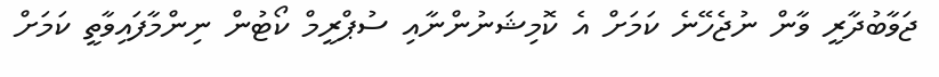
ޖަވާބުދާރީ ވާން ނުޖެހޭނެ ކަމަށް އެ ކޮމިޝަނުންނާއި ސުޕްރީމް ކޯޓުން ނިންމާފައިވާތީ ކަމަށް